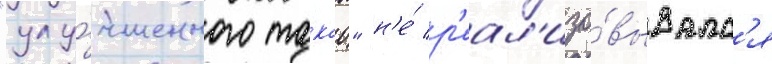
"улу́чшенного такао" н'е́ р'еал'изо́вывалс'я